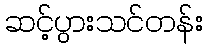
ဆင့်ပွားသင်တန်း